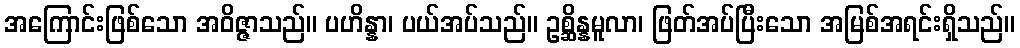
အကြောင်းဖြစ်သော အဝိဇ္ဇာသည်။ ပဟိန္နာ၊ ပယ်အပ်သည်။ ဥစ္ဆိန္နမူလာ၊ ဖြတ်အပ်ပြီးသော အမြစ်အရင်းရှိသည်။